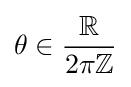
\theta \in {\frac {\mathbb {R} }{2\pi \mathbb {Z} }}